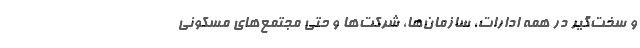
و سخت‌گیر در همه ادارات، سازمان‌ها، شرکت‌ها و حتی مجتمع‌های مسکونی